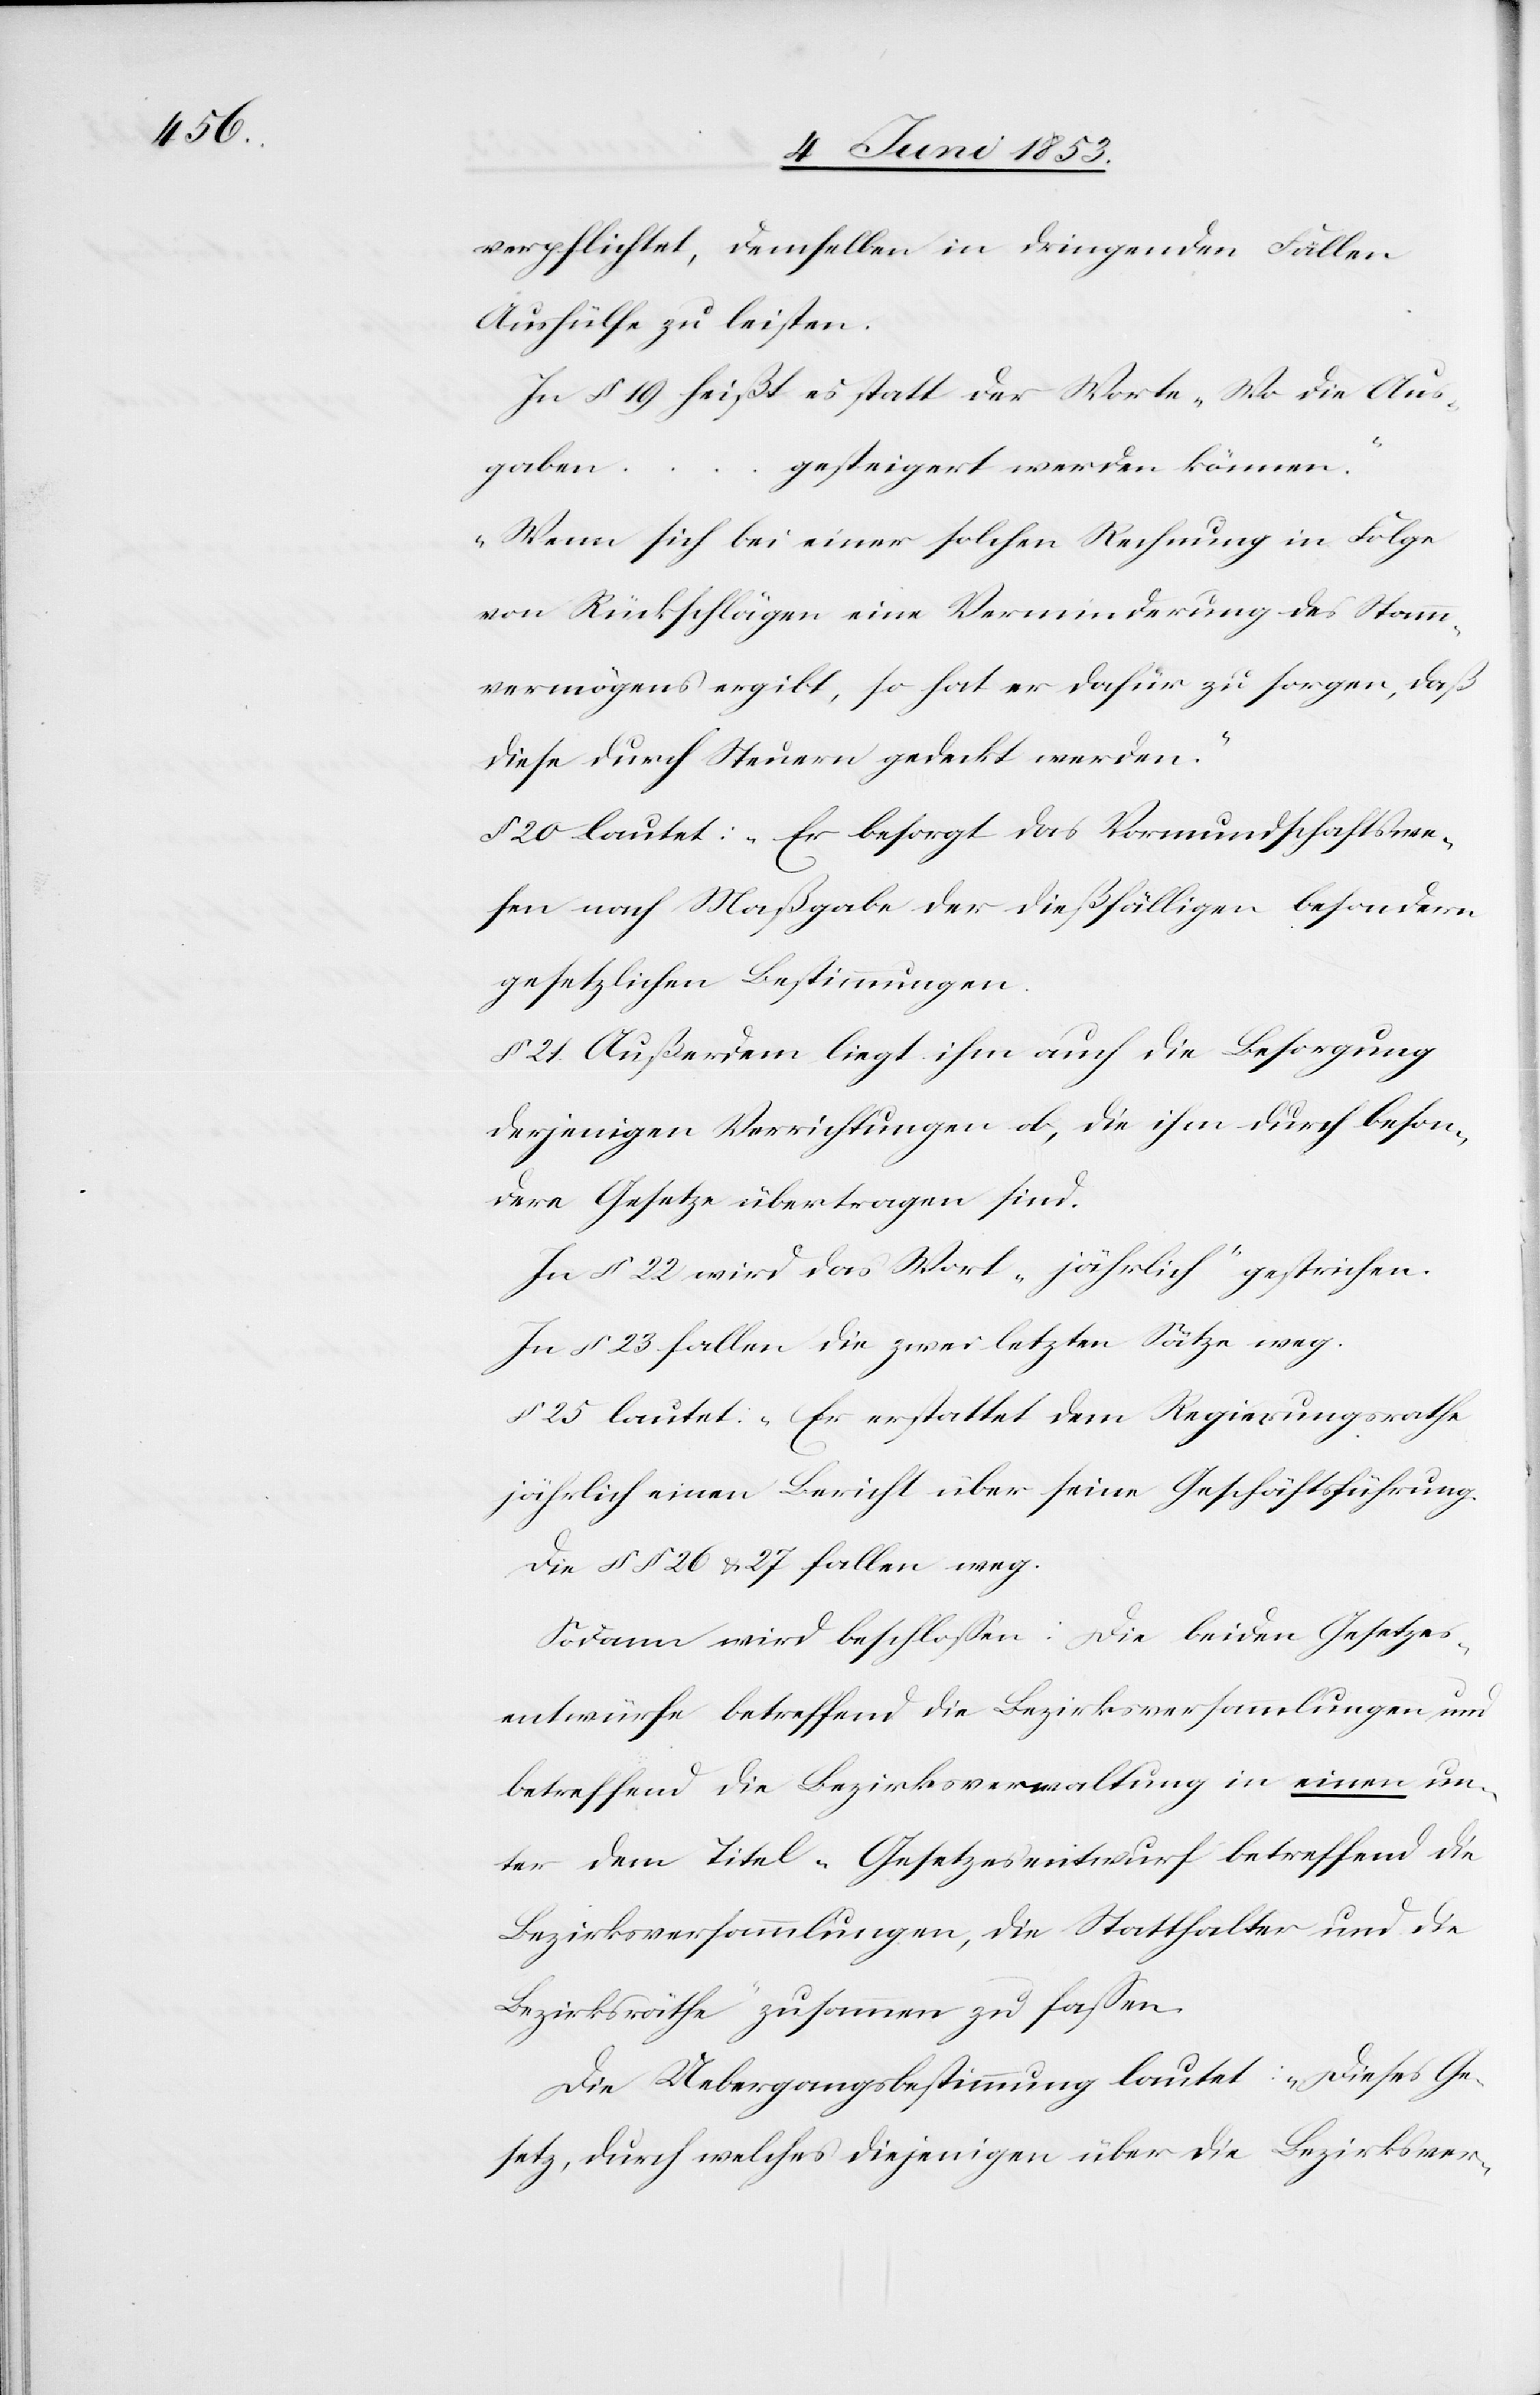
verpflichtet, demselben in dringenden Fällen
Aushülfe zu leisten.
In § 19 heißt es statt der Worte „Wo die Aus¬
gesteigert werden können.“
gaben …
„Wenn sich bei einer solchen Rechnung in Folge
von Rückschlägen eine Verminderung des Stamm¬
vermögens ergibt, so hat er dafür zu sorgen, daß
diese durch Steuern gedeckt werden.“
§ 20 lautet: „Er besorgt das Vormundschaftswe¬
sen nach Maßgabe der dießfälligen besondern
gesetzlichen Bestimmungen.[“]
§ 21. Außerdem liegt ihm auch die Besorgung
derjenigen Verrichtungen ob, die ihm durch beson¬
dere Gesetze übertragen sind.
In § 22 wird das Wort „jährlich“ gestrichen.
In § 23 fallen die zwei letzten Sätze weg.
§ 25 lautet: „Er erstattet dem Regierungsrathe
jährlich einen Bericht über seine Geschäftsführung.
Die §§ 26 u. 27 fallen weg.
Sodann wird beschloßen: Die beiden Gesetzes¬
entwürfe betreffend die Bezirksversammlungen und
betreffend die Bezirksverwaltung in einen un¬
ter dem Titel „Gesetzesentwurf betreffend die
Bezirksversammlungen, die Statthalter und die
Bezirksräthe“ zusammen zu faßen.
Die Uebergangsbestimmung lautet: „Dieses Ge¬
setz, durch welches diejenigen über die Bezirksver-